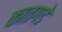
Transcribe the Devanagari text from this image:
कातगडे